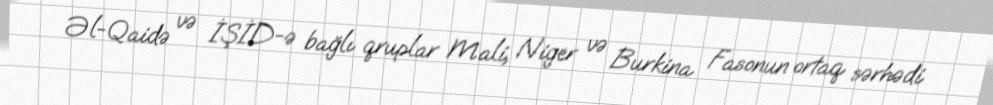
Əl-Qaidə və İŞİD-ə bağlı qruplar Mali, Niger və Burkina Fasonun ortaq sərhədi